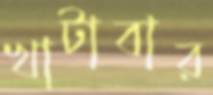
খাটাবার